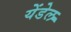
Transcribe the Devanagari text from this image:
येंडेल